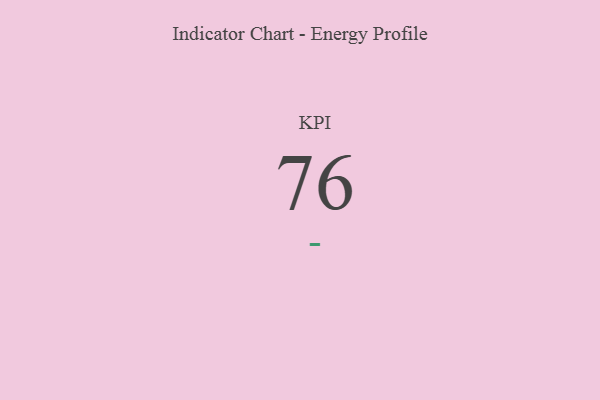
{"axis": {"x": "KPI", "y": "Value"}, "legend": [""], "data": [{"x": "KPI", "y": 76, "type": ""}]}